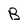
Character: B